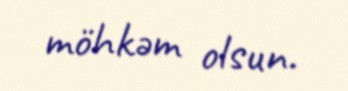
möhkəm olsun.